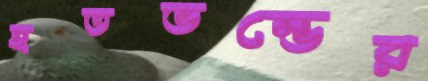
হতভম্ভের